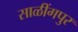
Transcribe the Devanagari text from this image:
साळींगपुर